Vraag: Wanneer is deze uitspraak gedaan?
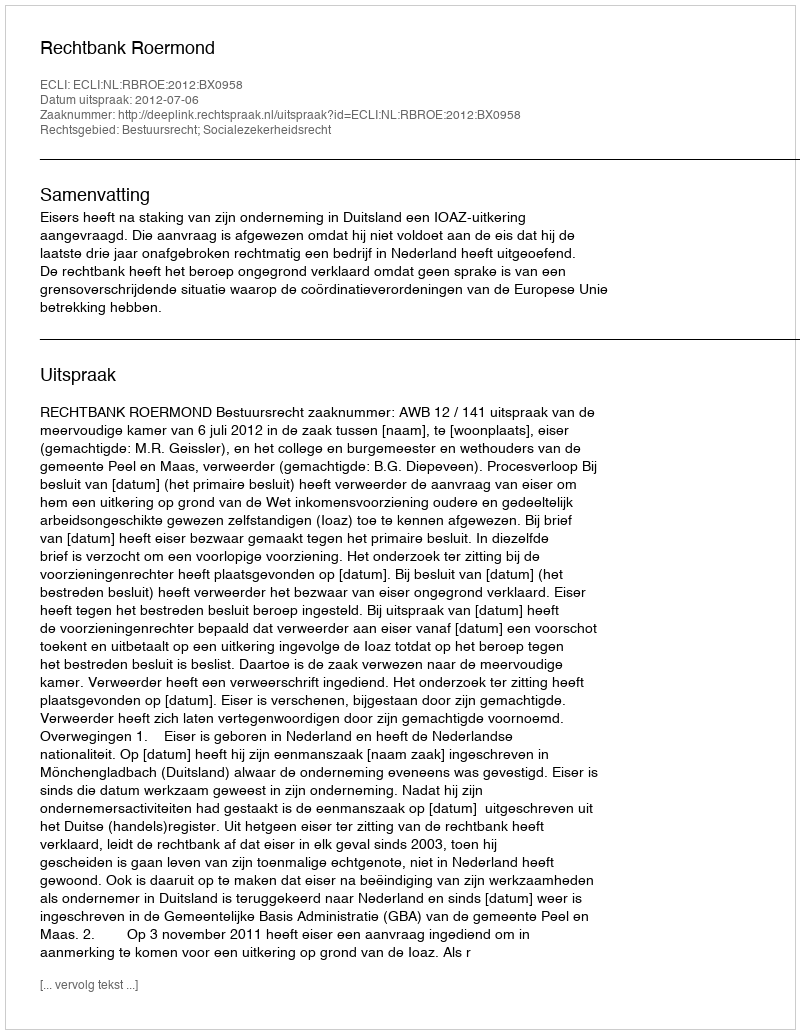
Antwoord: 2012-07-06